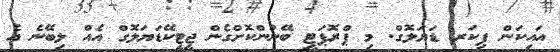
އައިކަން ޕިކަރ ޑަޔަލޮގް. މި ޕްރޮޕަޓީ ބޭނުންކޮށްގެން ޖީޓީކޭޑަޔަލޮގް އެއް ލިބޭނެ އެ